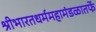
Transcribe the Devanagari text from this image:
श्रीभारतधर्ममहामंडळातर्फे